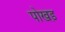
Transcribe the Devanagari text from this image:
पोखड़